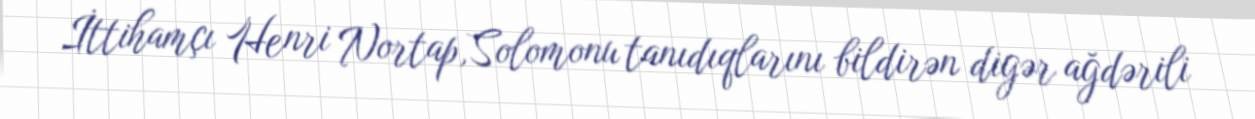
İttihamçı Henri Nortap,Solomonu tanıdıqlarını bildirən digər ağdərili